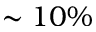
\sim 1 0 \%